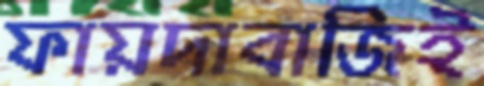
ফায়দাবাজিই